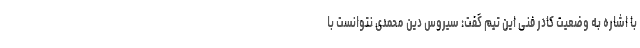
با اشاره به وضعیت کادر فنی این تیم گفت: سیروس دین محمدی نتوانست با